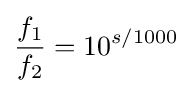
{\frac {f_{1}}{f_{2}}}=10^{s/1000}